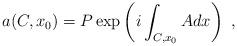
LaTeX: \begin{align*}a(C,x_0)= P \exp \left( i \int_{C,x_0} A dx \right) ~,\end{align*}